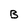
Character: b